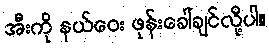
အီးကို နယ်ဝေး ဖုန်းခေါ်ချင်လို့ပါ။